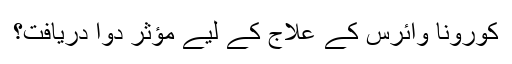
کورونا وائرس کے علاج کے لیے مؤثر دوا دریافت؟